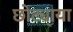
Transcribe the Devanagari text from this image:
छोट्या्या